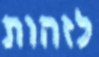
לזהות